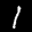
Label: 1